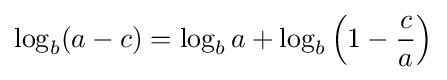
\log _{b}(a-c)=\log _{b}a+\log _{b}\left(1-{\frac {c}{a}}\right)